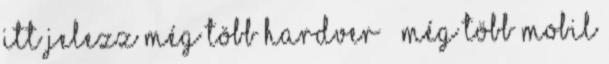
itt jelezz Még több hardver » Még több mobil